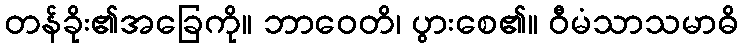
တန်ခိုး၏အခြေကို။ ဘာဝေတိ၊ ပွားစေ၏။ ဝီမံသာသမာဓိ